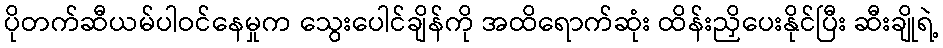
ပိုတက်ဆီယမ်ပါဝင်နေမှုက သွေးပေါင်ချိန်ကို အထိရောက်ဆုံး ထိန်းညှိပေးနိုင်ပြီး ဆီးချိုရဲ့